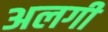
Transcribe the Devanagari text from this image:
अलगी